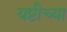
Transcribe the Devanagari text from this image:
यष्टीच्या